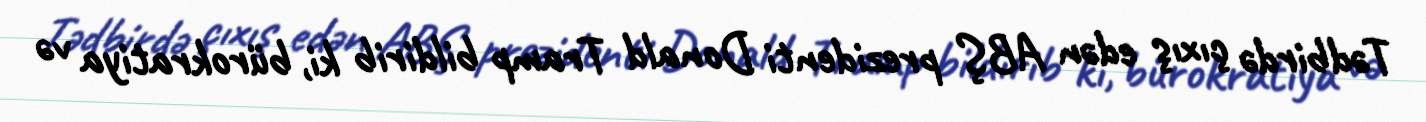
Tədbirdə çıxış edən ABŞ prezidenti Donald Tramp bildirib ki, bürokratiya və